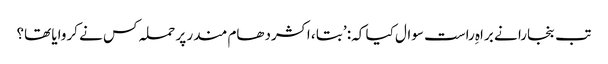
تب بنجارا نے براہِ راست سوال کیا کہ: ’بتا ، اکشردھام مندر پر حملہ کس نے کروایا تھا؟